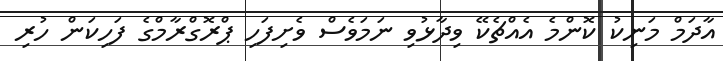
އާދަމް މަނިކު ކޮންމެ އެއްޗެކޭ ވިދާޅުވި ނަމަވެސް ވެށިފަހި ޕްރޮގްރާމްގެ ފަހިކަން ހުރި